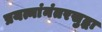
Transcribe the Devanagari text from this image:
प्रयत्नांनंतरसुद्धा